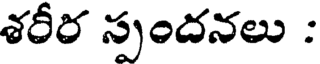
శరీర స్పందనలు :